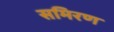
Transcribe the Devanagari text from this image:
समिरण